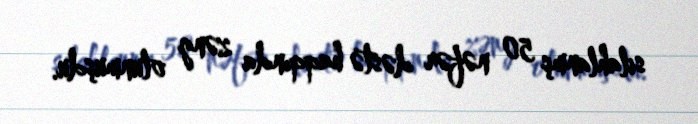
silahlanmş 50 nəfər dəstə haqqında zəng olunmuşdu.